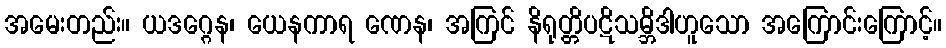
အမေးတည်း။ ယဒဂ္ဂေန၊ ယေနကာရ ဏေန၊ အကြင် နိရုတ္တိပဋိသမ္ဘိဒါဟူသော အကြောင်းကြောင့်။